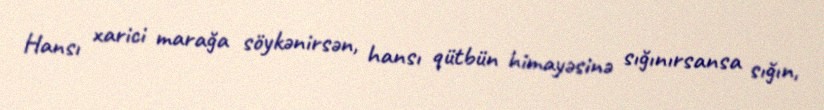
Hansı xarici marağa söykənirsən, hansı qütbün himayəsinə sığınırsansa sığın,